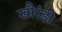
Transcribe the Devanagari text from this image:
खौरंडी